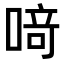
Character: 𫫀